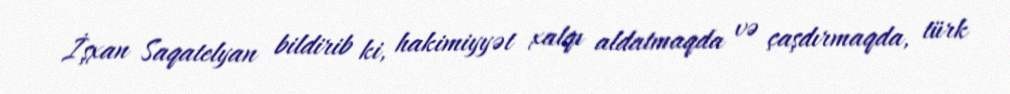
İşxan Saqatelyan bildirib ki, hakimiyyət xalqı aldatmaqda və çaşdırmaqda, türk